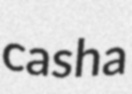
casha